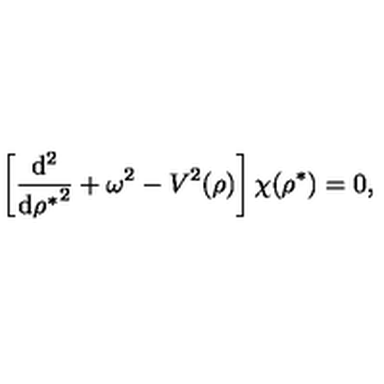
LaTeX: \left[ \frac { \mathrm { d } ^ { 2 } } { { \mathrm { d } { \rho } ^ { * } } ^ { 2 } } + \omega ^ { 2 } - { V } ^ { 2 } ( \rho ) \right] \chi ( { \rho } ^ { * } ) = 0 ,